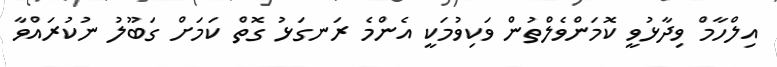
އިލްހާމް ވިދާޅުވީ ކޮމަންވެލްތުން ވަކިވުމަކީ އެންމެ ރަނގަޅު ގޮތް ކަމަށް ގަބޫލު ނުކުރައްވާ